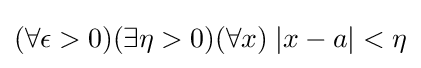
(\forall \epsilon >0)(\exists \eta >0)(\forall x)\;|x-a|<\eta